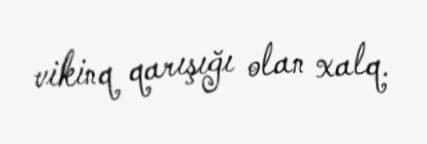
vikinq qarışığı olan xalq.